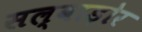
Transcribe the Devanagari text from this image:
सल्वाड़ोर